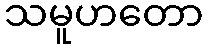
သမူဟတော